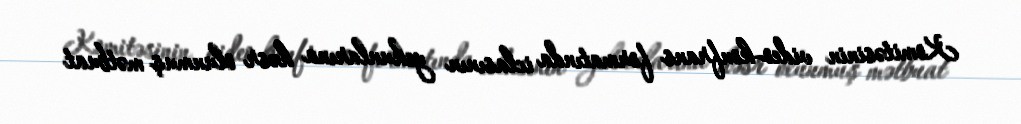
Komitəsinin video-konfrans formatında iclasının yekunlarına həsr olunmuş mətbuat